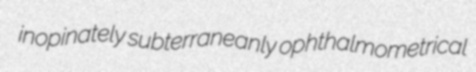
inopinately subterraneanly ophthalmometrical